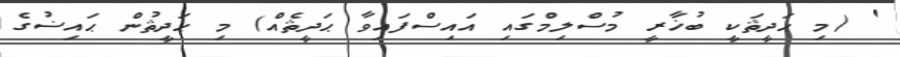
' (މި ޙަދީޘަކީ ބުޚާރީ މުސްލިމްގައި އައިސްފައިވާ ޙަދީޘެއް) މި ޙަދީޘުން ޙައިޟުގެ